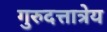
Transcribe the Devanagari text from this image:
गुरुदत्तात्रेय